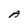
Character: A